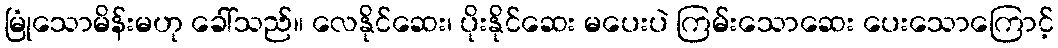
မြုံသောမိန်းမဟု ခေါ်သည်။ လေနိုင်ဆေး၊ ပိုးနိုင်ဆေး မပေးပဲ ကြမ်းသောဆေး ပေးသောကြောင့်